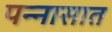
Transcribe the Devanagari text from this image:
पन्‍नासात